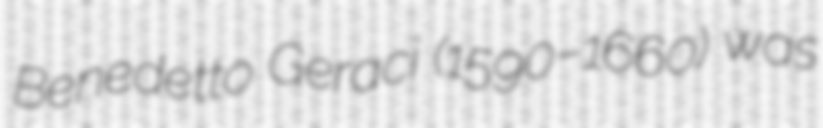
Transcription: Benedetto Geraci (1590–1660) was